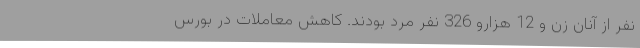
نفر از آنان زن و 12 هزارو 326 نفر مرد بودند. کاهش معاملات در بورس